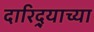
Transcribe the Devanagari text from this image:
दारिद्‌र्‍याच्या